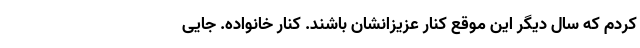
کردم که سال دیگر این موقع کنار عزیزانشان باشند. کنار خانواده. جایی